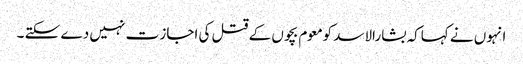
انہوں نے کہاکہ بشارالاسد کومعوم بچوں کے قتل کی اجاز ت نہیں دے سکتے ۔